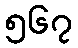
၅၆၇